Report on the nature of kala-azar
Disease focus: Kala-Azar
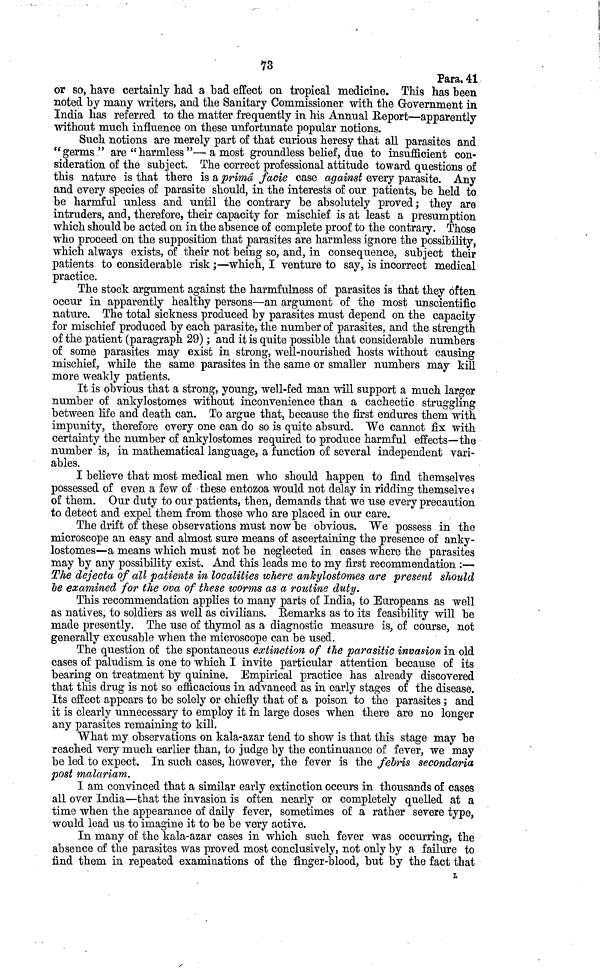
73
Para. 41
or so, have certainly had a bad effect on tropical medicine. This has been
noted by many writers, and the Sanitary Commissioner with the Government in
India has referred to the matter frequently in his Annual Report—apparently
without much influence on these unfortunate popular notions.
Such notions are merely part of that curious heresy that all parasites and
"germs" are "harmless "—a most groundless belief, due to insufficient con-
sideration of the subject. The correct professional attitude toward questions of
this nature is that there is a primâ facie case against every parasite. Any
and every species of parasite should, in the interests of our patients, be held to
be harmful unless and until the contrary be absolutely proved; they are
intruders, and, therefore, their capacity for mischief is at least a presumption
which should be acted on in the absence of complete proof to the contrary. Those
who proceed on the supposition that parasites are harmless ignore the possibility,
which always exists, of their not being so, and, in consequence, subject their
patients to considerable risk ;—which, I venture to say, is incorrect medical
practice.
The stock argument against the harmfulness of parasites is that they often
occur in apparently healthy persons—an argument of the most unscientific
nature. The total sickness produced by parasites must depend on the capacity
for mischief produced by each parasite, the number of parasites, and the strength
of the patient (paragraph 29) ; and it is quite possible that considerable numbers
of some parasites may exist in strong, well-nourished hosts without causing
mischief, while the same parasites in the same or smaller numbers may kill
more weakly patients.
It is obvious that a strong, young, well-fed man will support a much larger
number of ankylostomes without inconvenience than a cachectic struggling
between life and death can. To argue that, because the first endures them with
impunity, therefore every one can do so is quite absurd. We cannot fix with
certainty the number of ankylostomes required to produce harmful effects—the
number is, in mathematical language, a function of several independent vari-
ables.
I believe that most medical men who should happen to find themselves
possessed of even a few of these entozoa would not delay in ridding themselves
of them. Our duty to our patients, then, demands that we use every precaution
to detect and expel them from those who are placed in our care.
The drift of these observations must now be obvious. We possess in the
microscope an easy and almost sure means of ascertaining the presence of anky-
lostomes—a means which must not be neglected in cases where the parasites
may by any possibility exist. And this leads me to my first recommendation :—
The dejecta of all patients in localities where anJsylostomes are present should
be examined for the ova of these worms as a routine duty.
This recommendation applies to many parts of India, to Europeans as well
as natives, to soldiers as well as civilians. Remarks as to its feasibility will be
made presently. The use of thymol as a diagnostic measure is, of course, not
generally excusable when the microscope can be used.
The question of the spontaneous extinction of the parasitic invasion in old
cases of paludism is one to which I invite particular attention because of its
bearing on treatment by quinine. Empirical practice has already discovered
that this drug is not so efficacious in advanced as in early stages of the disease.
Its effect appears to be solely or chiefly that of a poison to the parasites ; and
it is clearly unnecessary to employ it in large doses when there are no longer
any parasites remaining to kill.
What my observations on kala-azar tend to show is that this stage may be
reached very much earlier than, to judge by the continuance of fever, we may
be led to expect. In such cases, however, the fever is the febris secondaria
post malariam.
I am convinced that a similar early extinction occurs in thousands of cases
all over India—that the invasion is often nearly or completely quelled at a
time when the appearance of daily fever, sometimes of a rather severe type,
would lead us to imagine it to be be very active.
In many of the kala-azar cases in which such fever was occurring, the
absence of the parasites was proved most conclusively, not only by a failure to
find them in repeated examinations of the finger-blood, but by the fact that
L